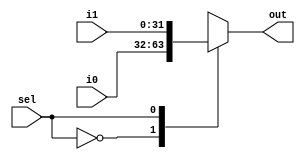
`timescale 1ns / 1ps
//////////////////////////////////////////////////////////////////////////////////
// 
// Design Name: 2_to_1 mux
// Module Name: mux
// Project Name: project 2
// Target Devices: FPGA Board
// Description: choose one from the two input
// 
// Dependencies: i0,i1,sel
//////////////////////////////////////////////////////////////////////////////////


module mux_2_1_32bit(out,i0,i1,sel);
  input sel;
  input [31:0] i0,i1;
  output [31:0] out; 
  reg [31:0] out;
  
  always @(i0,i1,sel)
  begin
    case (sel)
      1'b0:out=i0;
      1'b1:out=i1;
      default out=0;
    endcase
 end
endmodule

module mux_4_1_32bit(out,i0,i1,i2,i3,sel);
  input [31:0] i0,i1,i2,i3;
  input [1:0] sel;
  output [31:0] out;
  reg [31:0] out;
  
  always @(i0,i1,i2,sel,i3)
  begin 
    case (sel)
      2'b00:out=i0;
      2'b01:out=i1;
      2'b10:out=i2;
      2'b11:out=i3;
      default:out=0;
    endcase 
  end  
  
endmodule

module mux_2_1_5bit(out,i0,i1,sel);
  input sel;
  input [4:0] i0,i1;
  output [4:0] out; 
  reg [4:0] out;
  
  always @(i0,i1,sel)
  begin
    case (sel)
      1'b0:out=i0;
      1'b1:out=i1;
      default out=0;
    endcase
 end
endmodule